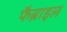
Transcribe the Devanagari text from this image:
फैब्राइल